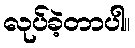
လုပ်ခဲ့တာပါ။